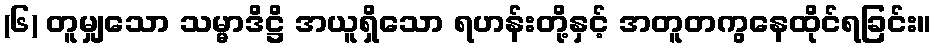
(၆) တူမျှသော သမ္မာဒိဋ္ဌိ အယူရှိသော ရဟန်းတို့နှင့် အတူတကွနေထိုင်ရခြင်း။